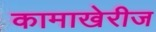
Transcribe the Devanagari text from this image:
कामाखेरीज